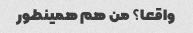
واقعا؟ من هم همینطور